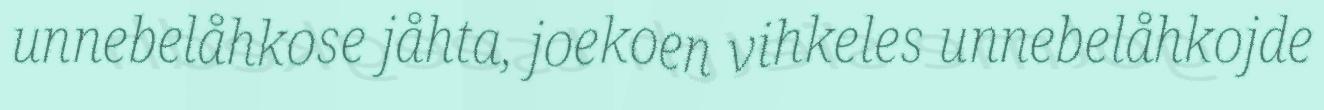
unnebelåhkose jåhta, joekoen vihkeles unnebelåhkojde